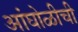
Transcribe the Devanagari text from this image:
आंघोळीची